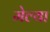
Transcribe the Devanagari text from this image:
मेल्‍या